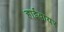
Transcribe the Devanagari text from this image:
हाईवायर